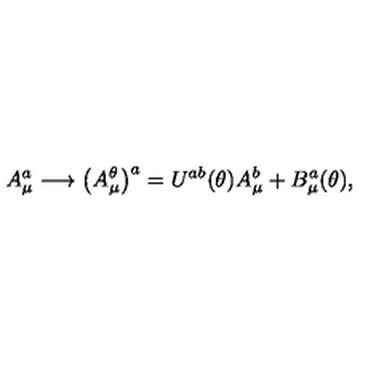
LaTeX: A _ { \mu } ^ { a } \longrightarrow \bigl ( A _ { \mu } ^ { \theta } \bigr ) ^ { a } = U ^ { a b } ( \theta ) A _ { \mu } ^ { b } + B _ { \mu } ^ { a } ( \theta ) ,